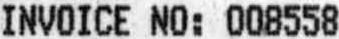
INVOICE NO: 008558